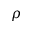
\rho